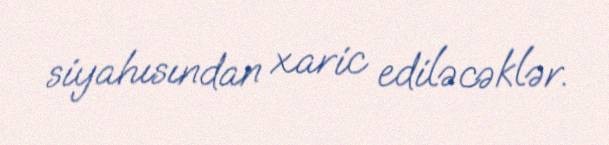
siyahısından xaric ediləcəklər.